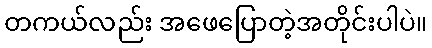
တကယ်လည်း အဖေပြောတဲ့အတိုင်းပါပဲ။